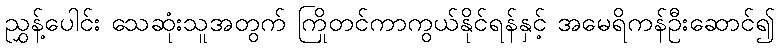
ညွှန့်ပေါင်း သေဆုံးသူအတွက် ကြိုတင်ကာကွယ်နိုင်ရန်နှင့် အမေရိကန်ဦးဆောင်၍